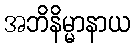
အဘိနိမ္မာနာယ